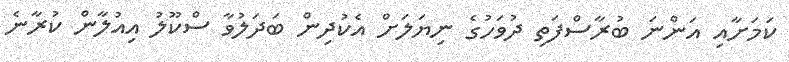
ކަމަށާއި އަންނަ ބުރާސްފަތި ދުވަހުގެ ނިޔަލަށް އެކުދިން ބަދަލުވާ ސްކޫލު އިއުލާން ކުރާނެ